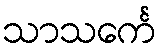
သာသင်္ကေ